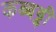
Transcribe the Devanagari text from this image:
कब्बड्डी